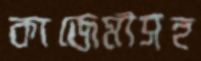
কাজেমীসহ